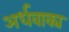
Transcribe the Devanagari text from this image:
अर्धवाक्य